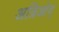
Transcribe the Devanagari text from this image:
अन्रिओद्